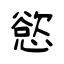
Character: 慾